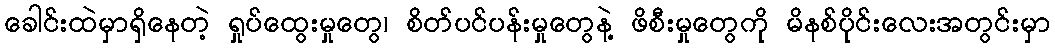
ခေါင်းထဲမှာရှိနေတဲ့ ရှုပ်ထွေးမှုတွေ၊ စိတ်ပင်ပန်းမှုတွေနဲ့ ဖိစီးမှုတွေကို မိနစ်ပိုင်းလေးအတွင်းမှာ